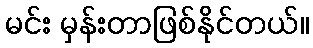
မင်း မှန်းတာဖြစ်နိုင်တယ်။